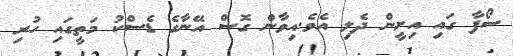
ސޯފާ ގައި އިށީން ދެލި އެވެ.އިވާން ގޮސް އޭނާގެ ޑެސްކު މަތީގައި ހުރި